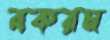
বকরম